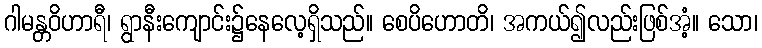
ဂါမန္တဝိဟာရီ၊ ရွာနီးကျောင်း၌နေလေ့ရှိသည်။ စေပိဟောတိ၊ အကယ်၍လည်းဖြစ်အံ့။ သော၊